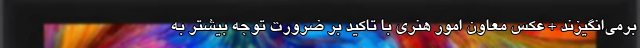
برمی‌انگیزند + عکس معاون امور هنری با تاکید بر ضرورت توجه بیشتر به